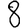
Digit: 8